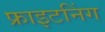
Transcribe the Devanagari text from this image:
फ्राइटनिंग